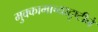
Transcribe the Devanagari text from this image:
मुक्कामाच्यादृष्टीने